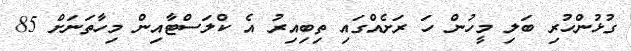
ގުޅުންހުރި ބަލި މީހުން ހަ ރަށެއްގައި ތިބިއިރު އެ ކްލަސްޓާއިން މިހާތަނަށް 85